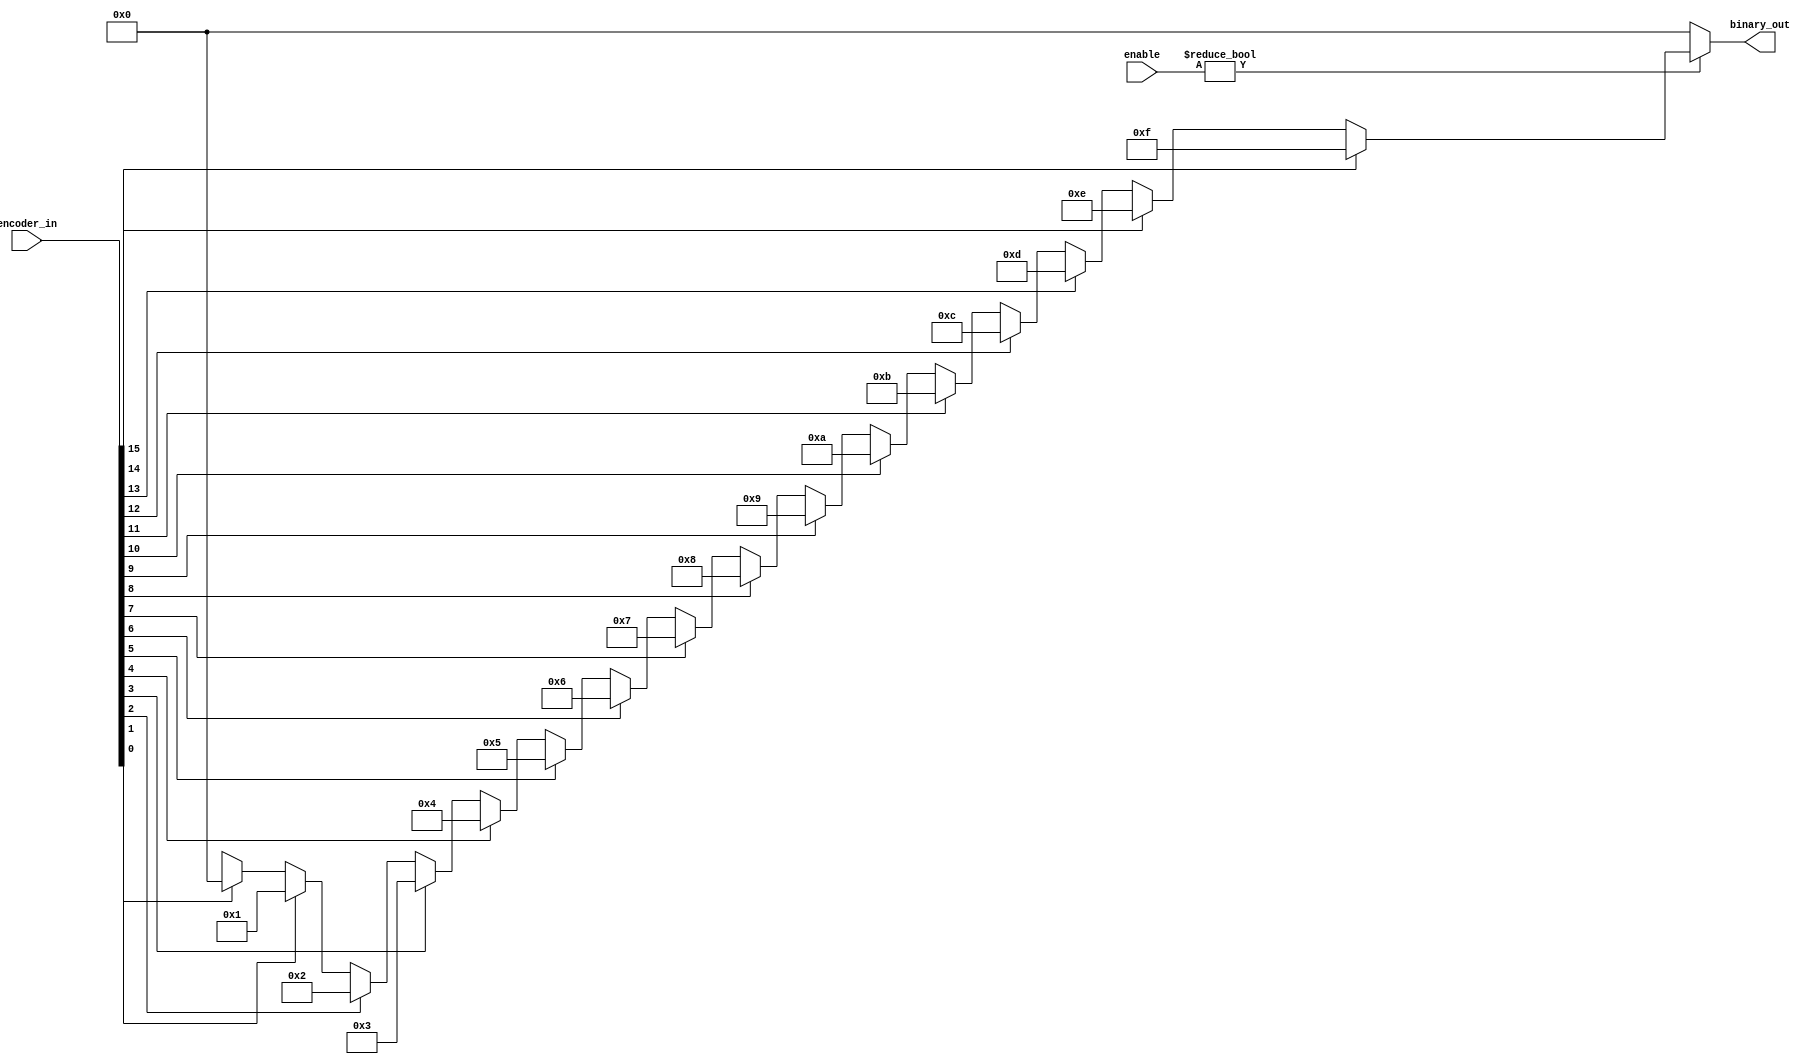
`timescale 1ns / 1ps
//////////////////////////////////////////////////////////////////////////////////
// Company: 
// Engineer: 
// 
// Design Name: 
// Module Name: b5_pri_enc_assign
// Project Name: 
// Target Devices: 
// Tool Versions: 
// Description: 
// 
// Dependencies: 
// 
// Revision:
// Revision 0.01 - File Created
// Additional Comments:
// 
//////////////////////////////////////////////////////////////////////////////////


module b5_pri_enc_assign(
    input [15:0] encoder_in,
    output [3:0] binary_out,
    input [3:0] enable
    );
    
    assign binary_out = (enable) ? (
        (encoder_in[15] == 1'b1) ? 15 :
        (encoder_in[14] == 1'b1) ? 14 :
        (encoder_in[13] == 1'b1) ? 13 :
        (encoder_in[12] == 1'b1) ? 12 :
        (encoder_in[11] == 1'b1) ? 11 :
        (encoder_in[10] == 1'b1) ? 10 :
        (encoder_in[9] == 1'b1) ? 9 :
        (encoder_in[8] == 1'b1) ? 8 :
        (encoder_in[7] == 1'b1) ? 7 :
        (encoder_in[6] == 1'b1) ? 6 :
        (encoder_in[5] == 1'b1) ? 5 :
        (encoder_in[4] == 1'b1) ? 4 :
        (encoder_in[3] == 1'b1) ? 3 :
        (encoder_in[2] == 1'b1) ? 2 :
        (encoder_in[1] == 1'b1) ? 1 :
        (encoder_in[0] == 1'b1) ? 0 : 4'bxxxx) : 0;
         
endmodule